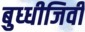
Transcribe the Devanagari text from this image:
बुध्धीजिवी